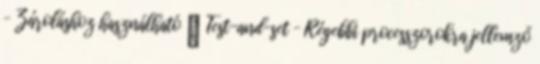
– Zároláshoz használható ● Test-and-set – Régebbi processzorokra jellemző